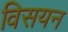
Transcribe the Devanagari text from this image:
विसयन